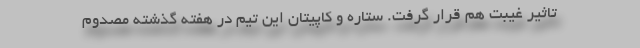
تاثیر غیبت هم قرار گرفت. ستاره و کاپیتان این تیم در هفته گذشته مصدوم